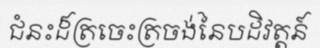
ជំនះដ៏ត្រចេះត្រចង់នៃបដិវត្តន៍